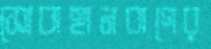
সোবাহানবাগের